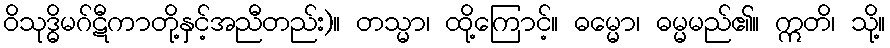
ဝိသုဒ္ဓိမဂ်ဋီကာတို့နှင့်အညီတည်း)။ တသ္မာ၊ ထို့ကြောင့်။ ဓမ္မော၊ ဓမ္မမည်၏။ ဣတိ၊ သို့။